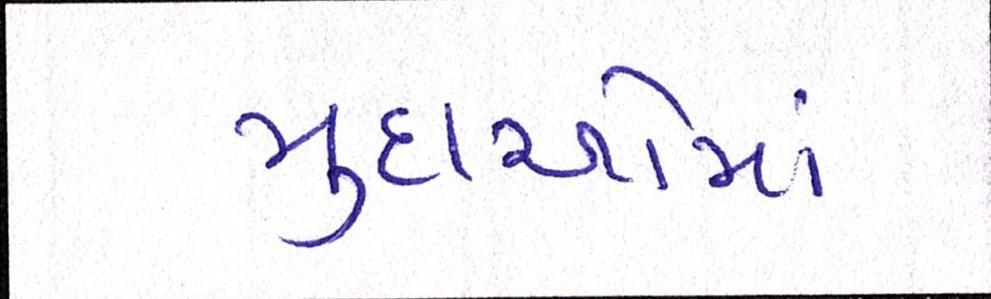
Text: મુદાઓમાં